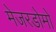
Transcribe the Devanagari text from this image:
मेजरडोमो